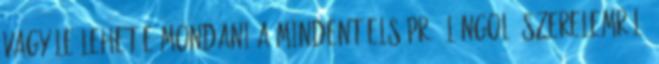
Vagy le lehet-e mondani a mindent elsöprő, lángoló szerelemről,